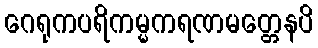
ဂေရုကပရိကမ္မကရဏမတ္တေနပိ